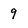
Character: 9